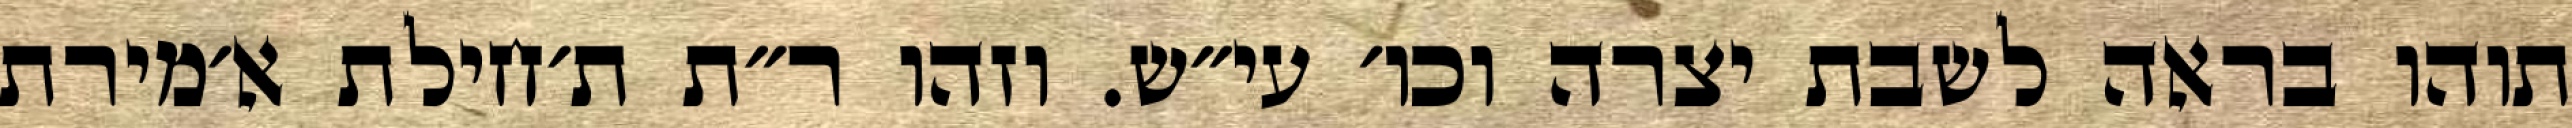
תוהו בראה לשבת יצרה וכו׳ עי״ש. וזהו ר״ת ת׳חילת א׳מירת